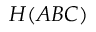
H ( A B C )